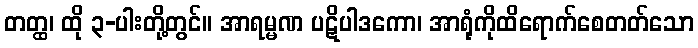
တတ္ထ၊ ထို ၃-ပါးတို့တွင်။ အာရမ္မဏ ပဋိပါဒကော၊ အာရုံကိုထိရောက်စေတတ်သော